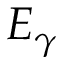
E _ { \gamma }